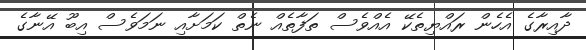
ދާއިރާގެ އެހެން ރައްޔިތެކޭ އެއްވެސް ތަފާތެއް ނެތް ކަމަށާއި ނަމަވެސް އިބޫ އޭނާގެ